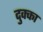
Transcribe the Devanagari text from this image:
दुक्का